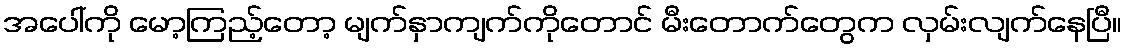
အပေါ်ကို မော့ကြည့်တော့ မျက်နှာကျက်ကိုတောင် မီးတောက်တွေက လှမ်းလျက်နေပြီ။